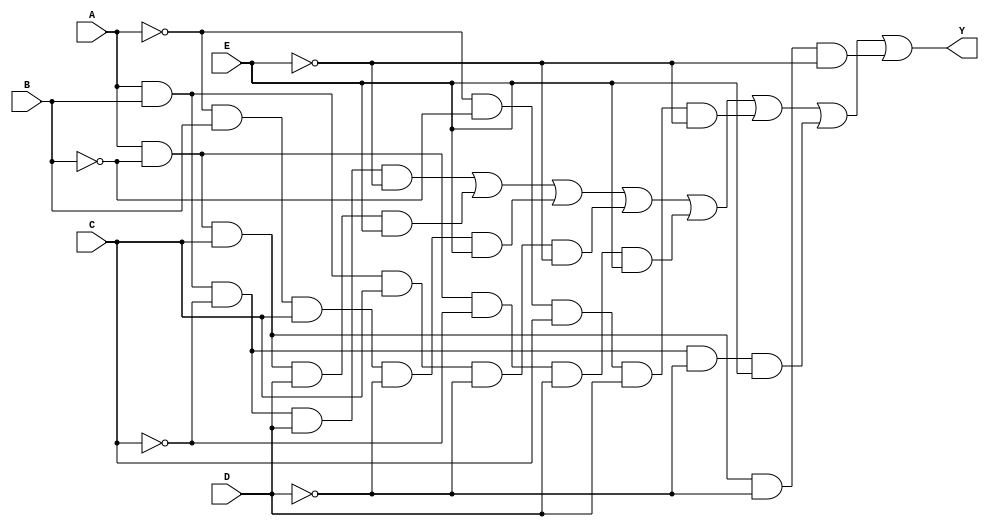
module five_variable_kmap (
    input wire A, // Input variable A
    input wire B, // Input variable B
    input wire C, // Input variable C
    input wire D, // Input variable D
    input wire E, // Input variable E
    output wire Y // Output variable
);

// K-map simplification based on the grouping of 1s
// The following expression is an example and should be replaced with the actual simplified expression derived from the K-map
assign Y = (A & B & ~C & D & ~E) | // Group 1
           (A & ~B & C & D & E) | // Group 2
           (~A & B & C & ~D & E) | // Group 3
           (A & B & C & ~D & ~E) | // Group 4
           (A & ~B & ~C & D & E) | // Group 5
           (~A & ~B & C & D & ~E) | // Group 6
           (A & B & ~C & ~D & E) | // Group 7
           (A & ~B & C & ~D & ~E); // Group 8

endmodule